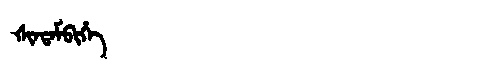
Manchu: ᡧᡳᠨᡩᠠᠮᠪᡳᡥᡝ
Romanization: ŠINDAMBIHE